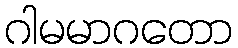
ဂါမမာဂတော